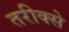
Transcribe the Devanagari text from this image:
तरीक्से